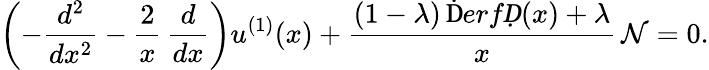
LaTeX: \left(-\frac{d^{2}}{dx^{2}}-\frac{2}{x}\, \frac{d}{dx}\right)u^{(1)}(x)+\frac{(1-\lambda)\, \mathrm ḊerfḌ(x)+\lambda}{x}\, \mathcal{N}=0.